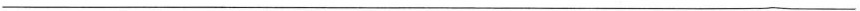
___